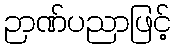
ဉာဏ်ပညာဖြင့်